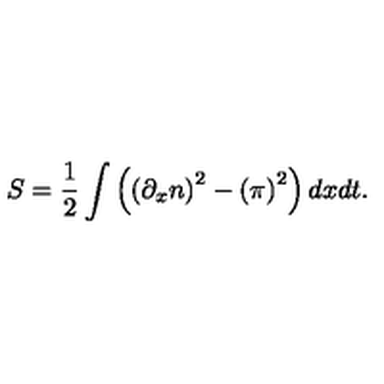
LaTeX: S = \frac 1 2 \int \left( \left( \partial _ { x } n \right) ^ { 2 } - \left( \pi \right) ^ { 2 } \right) d x d t .